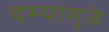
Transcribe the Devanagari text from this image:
दम्यामुळे